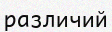
различий